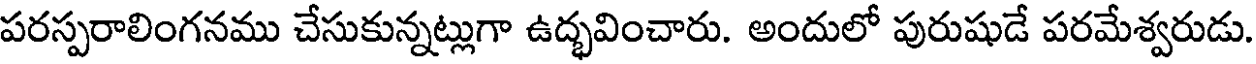
పరస్పరాలింగనము చేసుకున్నట్లుగా ఉద్భవించారు. అందులో పురుషుడే పరమేశ్వరుడు